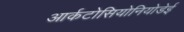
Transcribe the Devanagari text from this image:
आर्कटोसियोनियोडेई